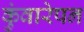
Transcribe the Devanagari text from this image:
कुंवारेपन